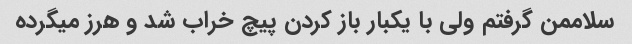
سلاممن گرفتم ولی با یکبار باز کردن پیچ خراب شد و هرز میگرده